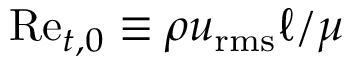
\mathrm { R e } _ { t , 0 } \equiv \rho u _ { \mathrm { r m s } } \ell / \mu